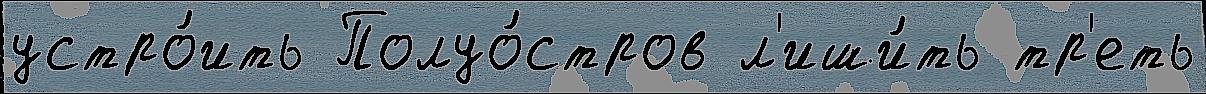
устро́ить Полуо́стров л'иши́ть тр'еть